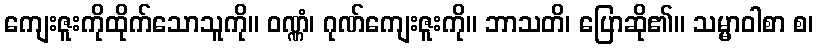
ကျေးဇူးကိုထိုက်သောသူကို။ ဝဏ္ဏံ၊ ဂုဏ်ကျေးဇူးကို။ ဘာသတိ၊ ပြောဆို၏။ သမ္မာဝါစာ စ၊